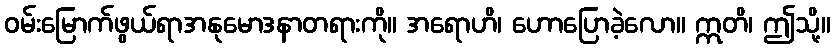
ဝမ်းမြောက်ဖွယ်ရာအနုမောဒနာတရားကို။ အရောဟိ၊ ဟောပြောခဲ့လော။ ဣတိ၊ ဤသို့။